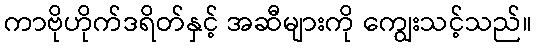
ကာဗိုဟိုက်ဒရိတ်နှင့် အဆီများကို ကျွေးသင့်သည်။